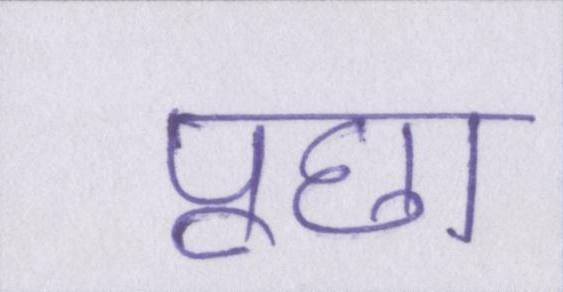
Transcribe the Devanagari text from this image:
पूछा